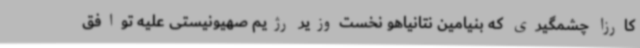
کارزا چشمگیری که بنیامین نتانیاهو نخست‌وزیر رژیم صهیونیستی علیه توافق